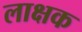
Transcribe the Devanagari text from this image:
लाक्षक